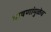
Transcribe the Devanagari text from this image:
भाषणांमुळेच